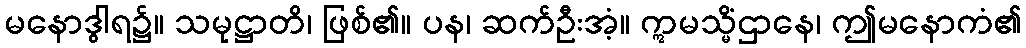
မနောဒွါရ၌။ သမုဋ္ဌာတိ၊ ဖြစ်၏။ ပန၊ ဆက်ဦးအံ့။ ဣမသ္မိံဌာနေ၊ ဤမနောကံ၏